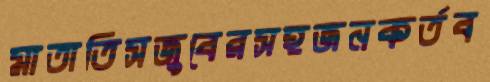
মাতাতিসজুবেরসহজনকর্তব